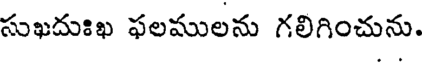
సుఖదుఃఖ ఫలములను గలిగించును.